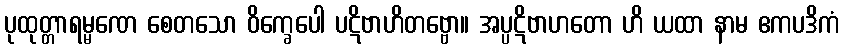
ပုထုတ္တာရမ္မဏေ စေတသော ဝိက္ခေပေါ ပဋိဗာဟိတဗ္ဗော။ အပ္ပဋိဗာဟတော ဟိ ယထာ နာမ ဧကပဒိကံ